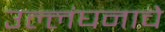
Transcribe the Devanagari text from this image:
उल्लंघनाचे